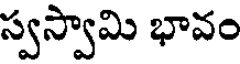
స్వస్వామి భావం